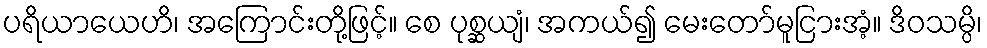
ပရိယာယေဟိ၊ အကြောင်းတို့ဖြင့်။ စေ ပုစ္ဆယျံ၊ အကယ်၍ မေးတော်မူငြားအံ့။ ဒိဝသမ္ပိ၊